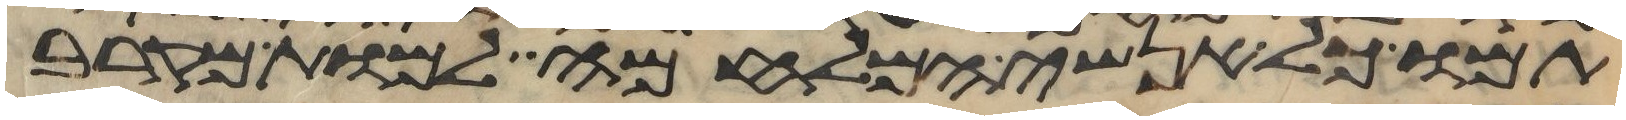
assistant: תמו כל אנשי המלחמה למות מקרב